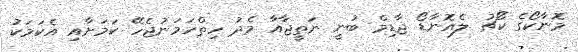
މޮނާކޯގެ ކޯޗު ލެއޮނާޑޯ ޖާޑިމް ބުނީ ނަތީޖާއާ މެދު ހިތްހަމަނުޖެހޭ ކަމަށާއި އެކަމަކު